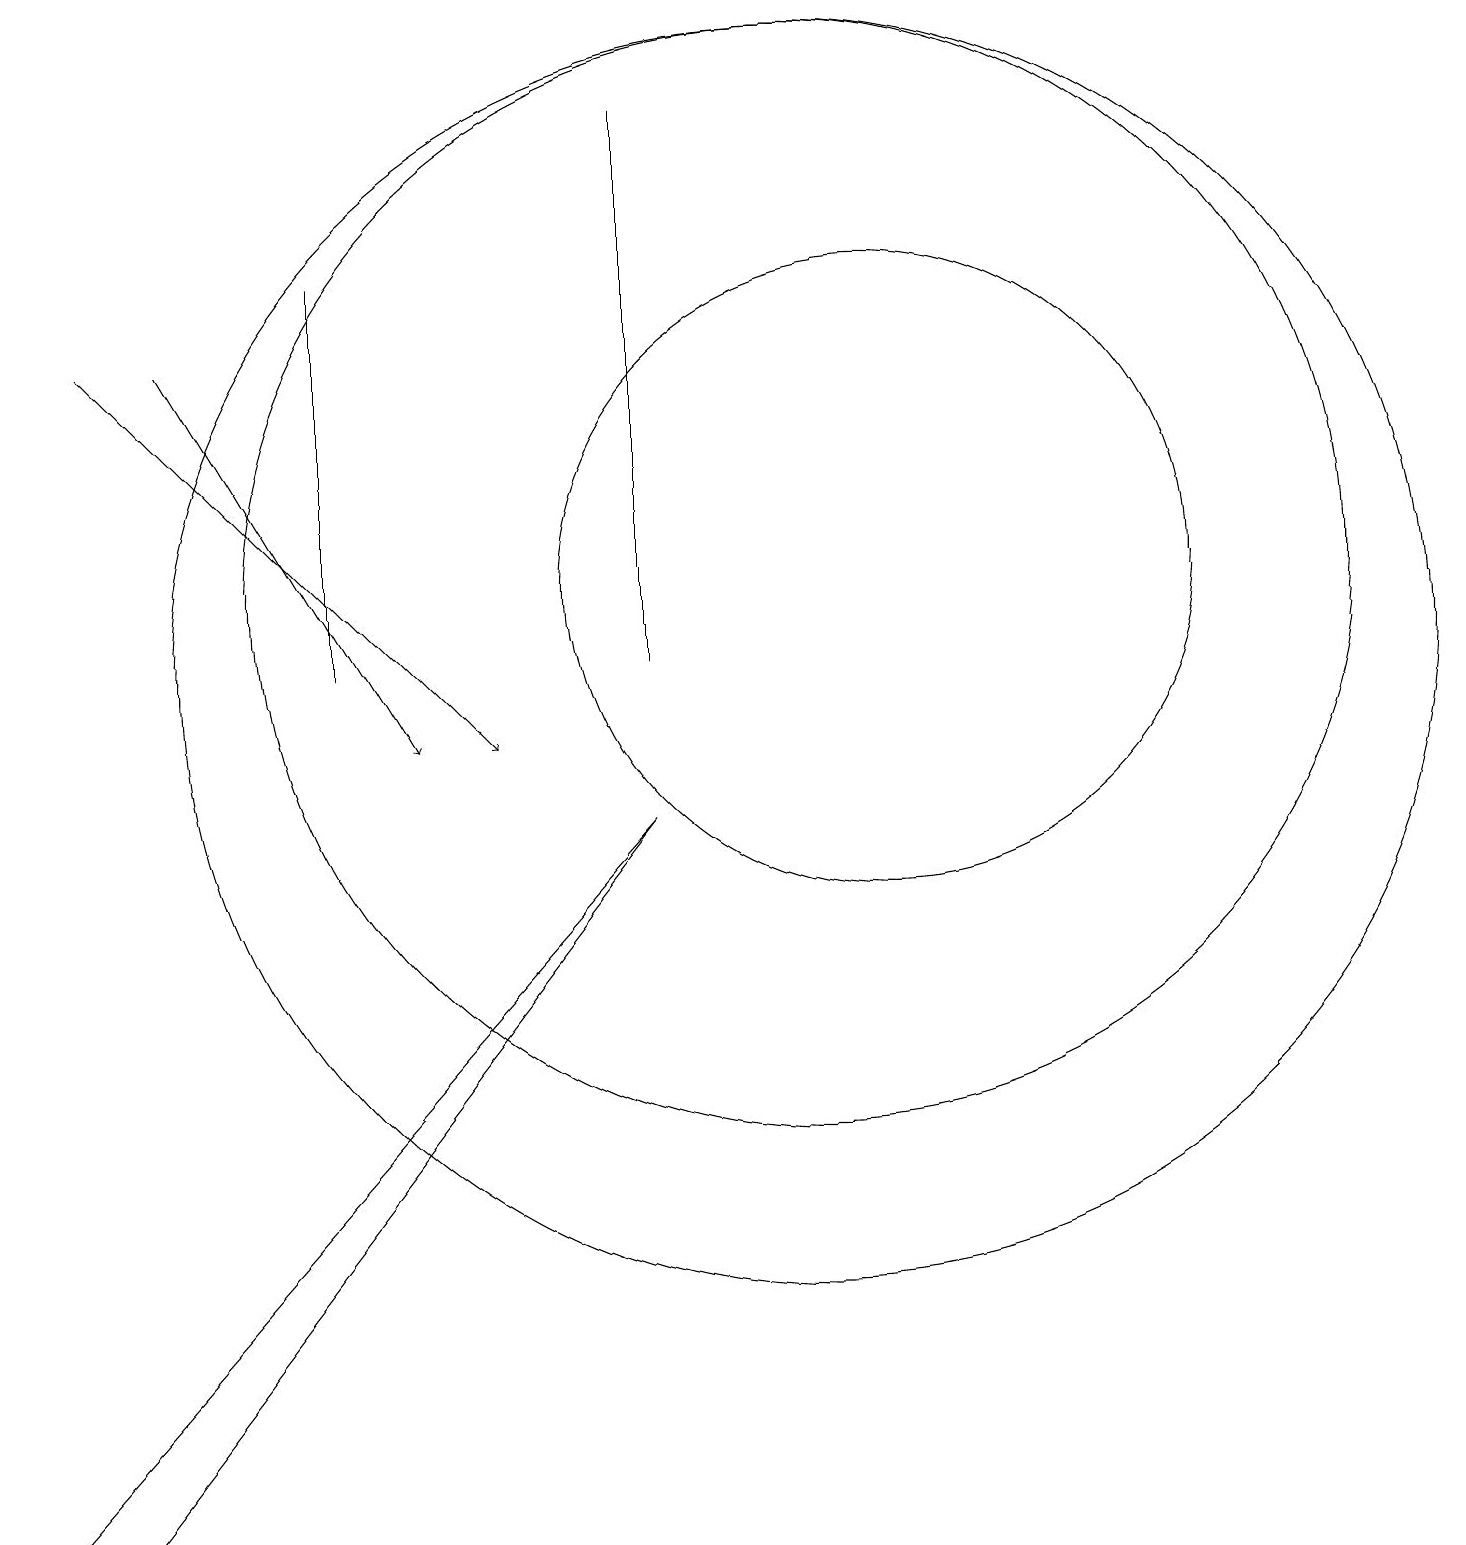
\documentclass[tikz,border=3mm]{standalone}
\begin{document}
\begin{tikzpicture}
\draw[->] (1,15) -- (6,10);
\draw (1,0) -- (0,0) -- (8,9) -- cycle;
\draw (4,16) rectangle (4,11);
\draw (10,11) circle (8);
\draw (8,18) rectangle (8,11);
\draw (10,12) circle (7);
\draw[->] (2,15) -- (5,10);
\draw (11,12) circle (4);
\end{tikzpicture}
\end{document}